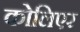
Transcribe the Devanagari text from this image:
कोलिएर